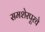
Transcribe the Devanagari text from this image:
समशेरपूरचे